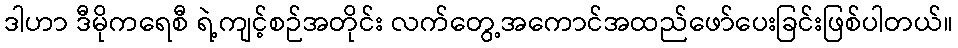
ဒါဟာ ဒီမိုကရေစီ ရဲ့ကျင့်စဉ်အတိုင်း လက်တွေ့အကောင်အထည်ဖော်ပေးခြင်းဖြစ်ပါတယ်။